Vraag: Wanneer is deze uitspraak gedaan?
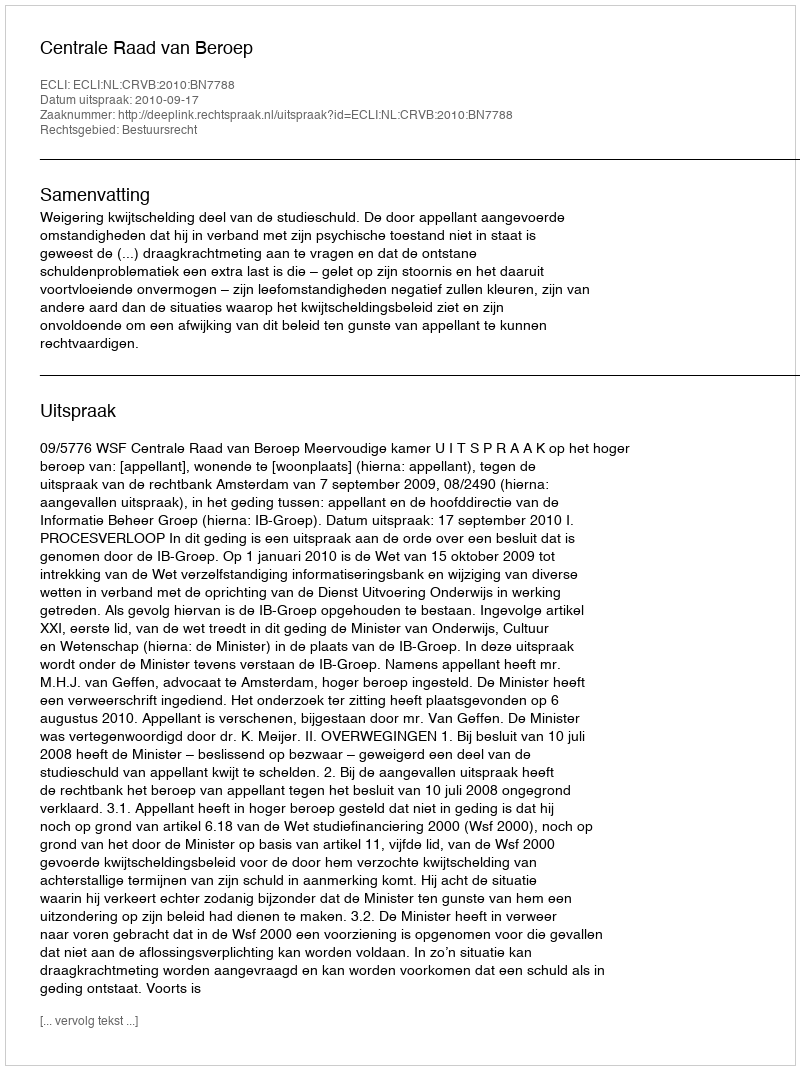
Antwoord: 2010-09-17